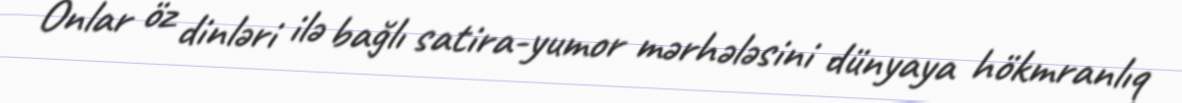
Onlar öz dinləri ilə bağlı satira-yumor mərhələsini dünyaya hökmranlıq